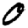
Digit: 0